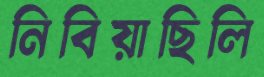
নিবিয়াছিলি